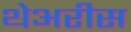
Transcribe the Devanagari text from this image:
थेअरीस